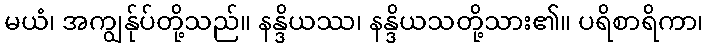
မယံ၊ အကျွန်ုပ်တို့သည်။ နန္ဒိယဿ၊ နန္ဒိယသတို့သား၏။ ပရိစာရိကာ၊